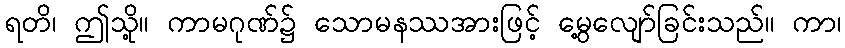
ရတိ၊ ဤသို့။ ကာမဂုဏ်၌ သောမနဿအားဖြင့် မွေ့လျော်ခြင်းသည်။ ကာ၊